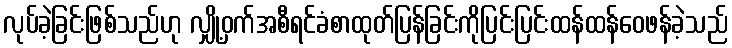
လုပ်ခဲ့ခြင်းဖြစ်သည်ဟု လျှို့ဝှက်အစီရင်ခံစာထုတ်ပြန်ခြင်းကိုပြင်းပြင်းထန်ထန်ဝေဖန်ခဲ့သည်